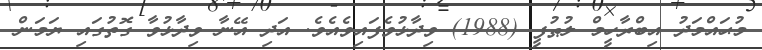
މުޙައްމަދު އިބްރާހީމް ލުޠުފީ (1988) ވިދާޅުވެފައިވެއެވެ. އަދި އޭނާ ވިދާޅުވާ ގޮތުގައި ޔަމަން